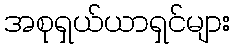
အစုရှယ်ယာရှင်များ